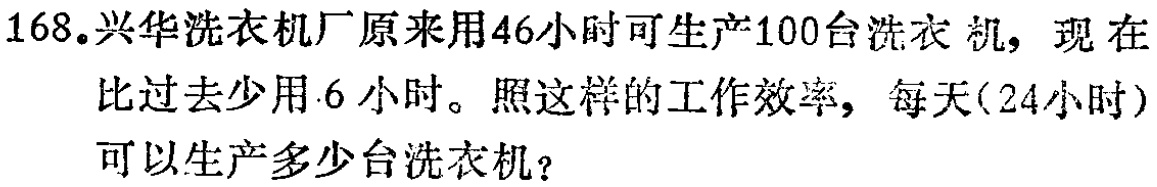
168.兴华洗衣机厂原来用46小时可生产100台洗衣机，现在比过去少用6小时。照这样的工作效率，每天(24小时)可以生产多少台洗衣机？